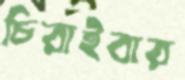
চিরাইবার